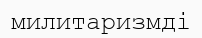
милитаризмді